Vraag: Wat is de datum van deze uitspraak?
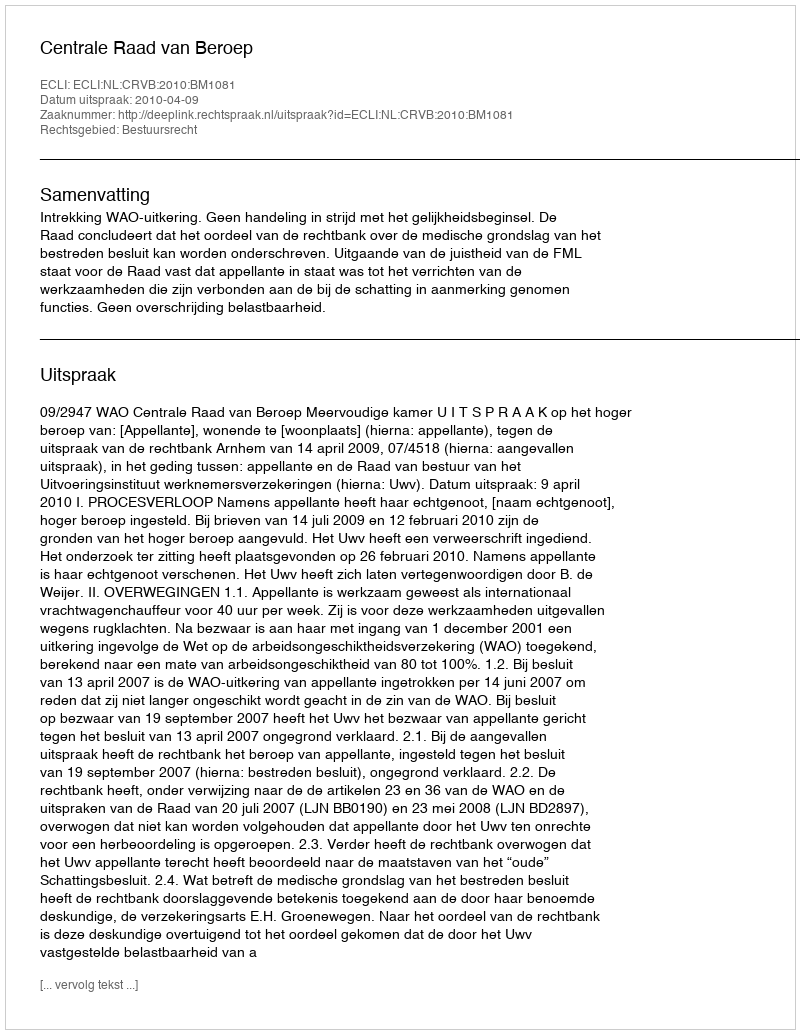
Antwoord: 2010-04-09